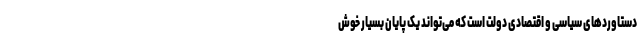
دستاوردهای سیاسی و اقتصادی دولت است که می‌تواند یک پایان بسیار خوش